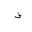
Letter: _fa